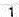
1